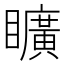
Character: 矌